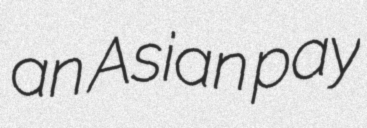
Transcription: an Asian pay